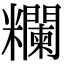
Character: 𥽭